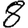
Digit: 8